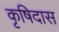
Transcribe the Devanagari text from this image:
कृषिदास